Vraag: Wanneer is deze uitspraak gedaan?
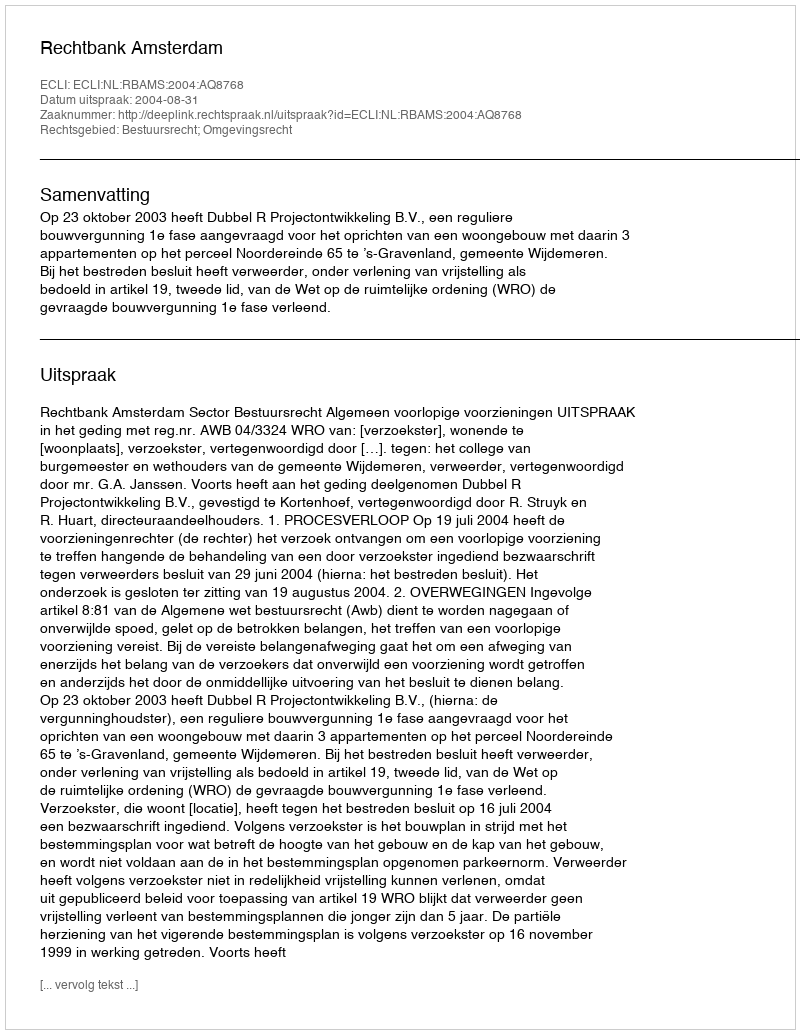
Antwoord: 2004-08-31